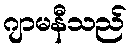
ဂျာမနီသည်